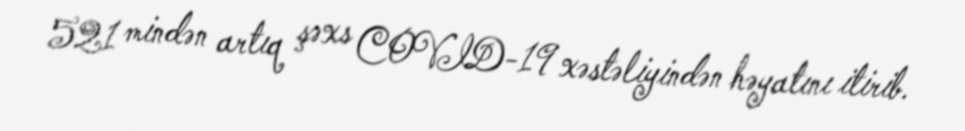
521 mindən artıq şəxs COVID-19 xəstəliyindən həyatını itirib.